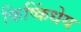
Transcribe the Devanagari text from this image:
किष्किंधेय